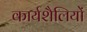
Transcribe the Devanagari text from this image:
कार्यशैलियों